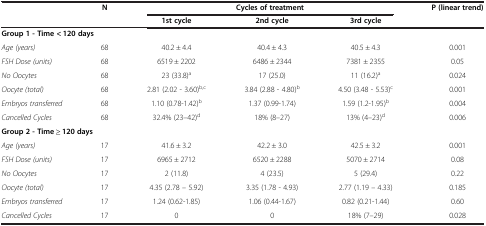
<table><thead><tr><td rowspan="2"><b> </b></td><td rowspan="2"><b>N</b></td><td colspan="3"><b>Cycles of treatment</b></td><td rowspan="2"><b>P (linear trend)</b></td></tr><tr><td><b>1st cycle</b></td><td><b>2nd cycle</b></td><td><b>3rd cycle</b></td></tr></thead><tbody><tr><td colspan="6"><b>Group 1 - Time &lt; 120 days</b></td></tr><tr><td><i>Age (years)</i></td><td>68</td><td>40.2 ± 4.4</td><td>40.4 ± 4.3</td><td>40.5 ± 4.3</td><td>0.001</td></tr><tr><td><i>FSH Dose (units)</i></td><td>68</td><td>6519 ± 2202</td><td>6486 ± 2344</td><td>7381 ± 2355</td><td>0.05</td></tr><tr><td><i>No Oocytes</i></td><td>68</td><td>23 (33.8)<sup>a</sup></td><td>17 (25.0)</td><td>11 (16.2)<sup>a</sup></td><td>0.024</td></tr><tr><td><i>Oocyte (total)</i></td><td>68</td><td>2.81 (2.02 - 3.60)<sup>b,c</sup></td><td>3.84 (2.88 - 4.80)<sup>b</sup></td><td>4.50 (3.48 - 5.53)<sup>c</sup></td><td>0.001</td></tr><tr><td><i>Embryos transferred</i></td><td>68</td><td>1.10 (0.78-1.42)<sup>b</sup></td><td>1.37 (0.99-1.74)</td><td>1.59 (1.2-1.95)<sup>b</sup></td><td>0.004</td></tr><tr><td><i>Cancelled Cycles</i></td><td>68</td><td>32.4% (23–42)<sup>d</sup></td><td>18% (8–27)</td><td>13% (4–23)<sup>d</sup></td><td>0.006</td></tr><tr><td colspan="6"><b>Group 2 - Time ≥ 120 days</b></td></tr><tr><td><i>Age (years)</i></td><td>17</td><td>41.6 ± 3.2</td><td>42.2 ± 3.0</td><td>42.5 ± 3.2</td><td>0.001</td></tr><tr><td><i>FSH Dose (units)</i></td><td>17</td><td>6965 ± 2712</td><td>6520 ± 2288</td><td>5070 ± 2714</td><td>0.08</td></tr><tr><td><i>No Oocytes</i></td><td>17</td><td>2 (11.8)</td><td>4 (23.5)</td><td>5 (29.4)</td><td>0.22</td></tr><tr><td><i>Oocyte (total)</i></td><td>17</td><td>4.35 (2.78 – 5.92)</td><td>3.35 (1.78 - 4.93)</td><td>2.77 (1.19 – 4.33)</td><td>0.185</td></tr><tr><td><i>Embryos transferred</i></td><td>17</td><td>1.24 (0.62-1.85)</td><td>1.06 (0.44-1.67)</td><td>0.82 (0.21-1.44)</td><td>0.60</td></tr><tr><td><i>Cancelled Cycles</i></td><td>17</td><td>0</td><td>0</td><td>18% (7–29)</td><td>0.028</td></tr></tbody></table>